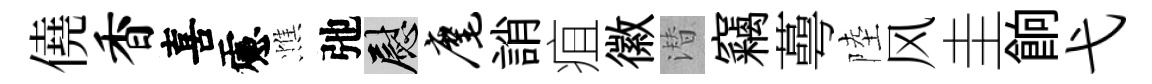
僥香喜慮憔弛慰麾誚疽徽潜竊蕚陸风圭餉弋